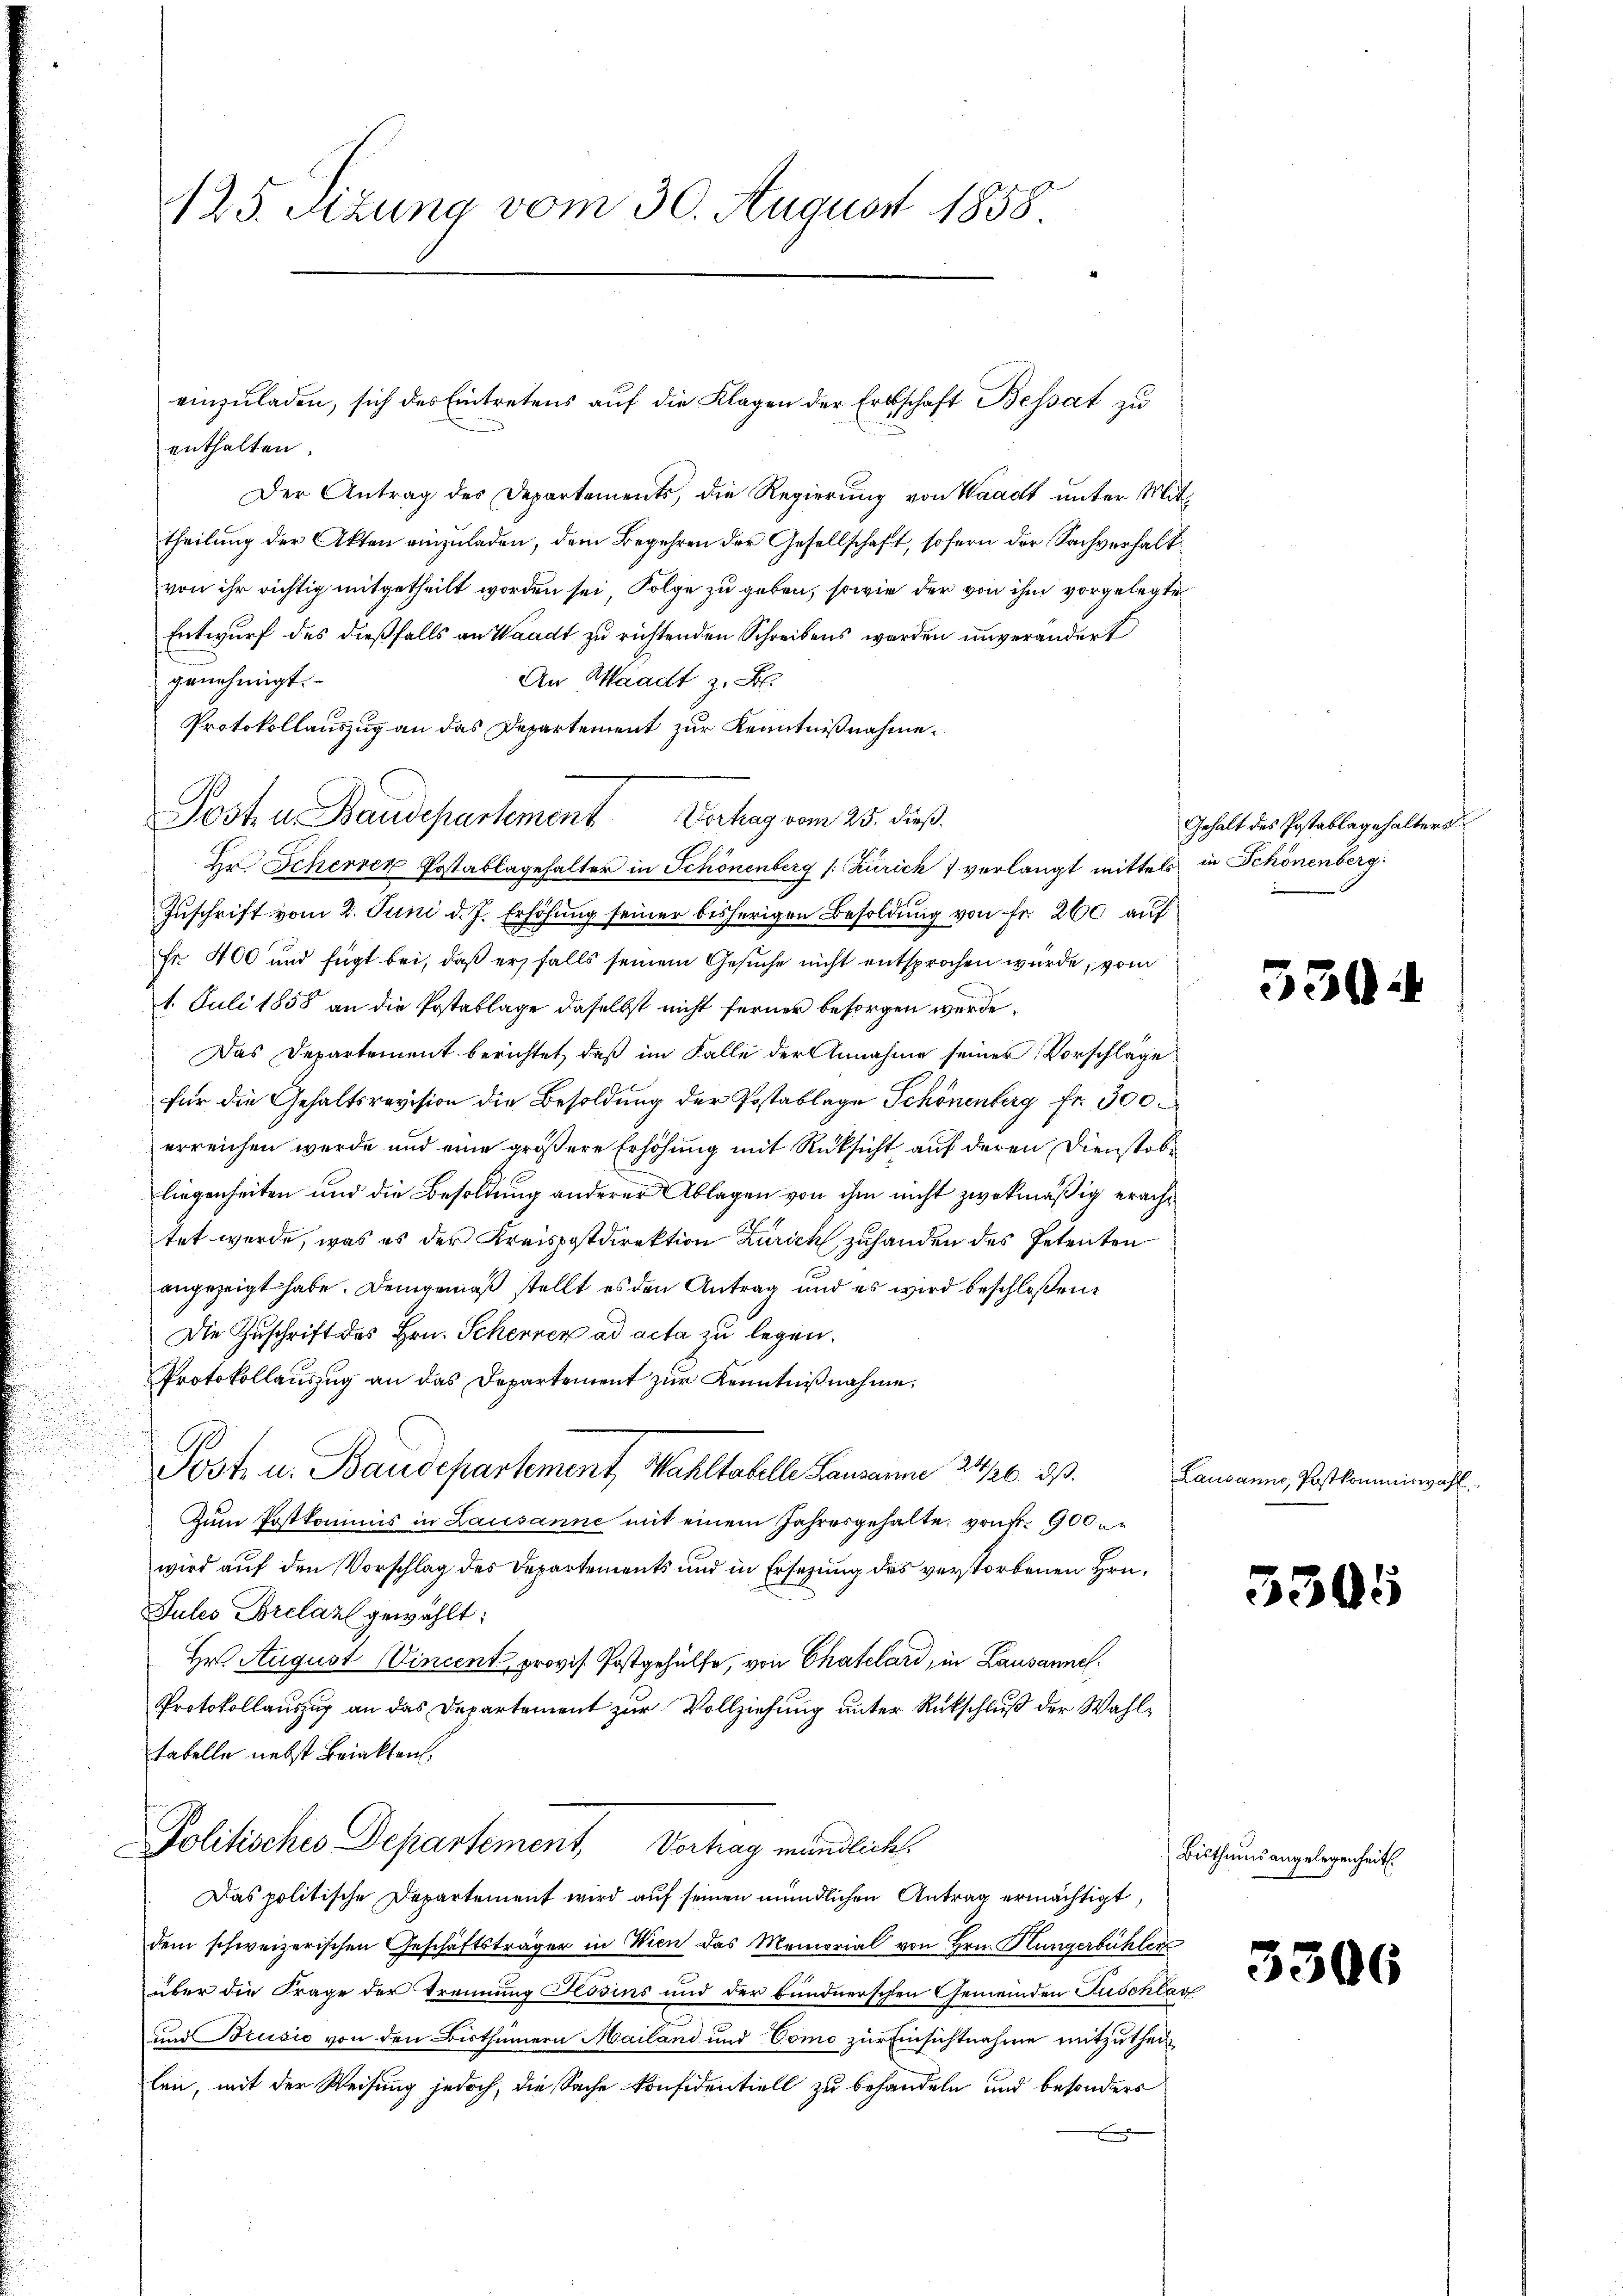
125. Sizung vom 30. August 1858

einzŭladen, sich des Eintretens auf die Klagen der Erbschaft Bessat zu
enthalten.
Der Antrag des Departements, die Regierung von Waadt unter Mittheilung der Akten einzuladen, dem Begehren der Gesellschaft, sofern der Sachverhaltvon ihr richtig mitgetheilt worden sei Folge zu geben, sowie der von ihm vorgelegte
Entwurf des dießfalls an Waadt zu richtenden Schreibens werden unverändert
genehmigt.
An Waadt z. B.
Protokollauszug an das Departement zur Kenntnißnahme.
Post u. Baudepartement Verhag vom 25. dieß.
Hr. Scherren Postablagehalter in Schönenberg (: Zürich verlangt mittels
Zuschrift vom 2. Juni d. J. Erhöhung seiner bisherigen Besoldung von Fr. 260 auf
Fr. 400 und fügt bei, daß er falls seinem Gesuche nicht entsprochen wurde, vom
1. Juli 1858 an die Postablage daselbst nicht ferner besorgen werde.
Das Departement berichtet, daß im Falle der Annahme seiner Vorschlage
für die Gehaltsrevision die Besoldung der Postablage Schönenberg fr. 300.
erreichen werde und eine größere Erhöhung mit Rücksicht auf deren Dienstobliegenheiten und die Besoldung anderer Ablagen von ihm nicht zwekmäßig erachtet werde, was es der Kreispostdirektion Zürich zuhanden des Petenten
angezeigt habe. Demgemäß stellt es den Antrag und es wird beschloßen:
Die Zuschrift des Hrn. Scherner ad acta zu legen.
Protokollauszug an das Departement zur Kenntnißnahme.
Post- u. Baudepartement Wahltabelle Lausann 24/20. d.
Zum Postkommis in Lausanne mit einem Jahresgehalte, von 900
wird auf den Vorschlag des Departements und in Ersetzung des verstorbenen Hrn.
Jules Brelaz gewählt:
Hr. August (Vincent, provis. Postgehülfe, von Chatelard, in Lausannes.
Protokollauszug an das Departement zur Vollziehung unter Rückschluß der Wahltabelle nebst Briakten.
Politisches Departement, Vortrag mündlichs
Das politische Departement wird auf seinen mündlichen Antrag ermächtigt,
dem schweizerischen Geschäftsträger in Wien das Memorial von Hrn. Hungerbühler
über die Frage der Trennung Flösins und der bundnerschen Gemeinden Fuschlag
und Brusio von den Bisthümern Mailand und Como zur Einsichtnahme mitzutheillen, mit der Weisung jedoch, die Sache konfidentiell zu behandeln und besonders

Gehalt des Postablagehalters
in Schönenberg.

33

Lausanne, Postkommiswahl

356

Bisthums angelegenheit.

33.

5

s